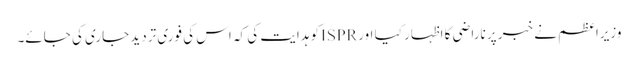
وزیراعظم نے خبر پر ناراضی کا اظہار کیا اور ISPRکو ہدایت کی کہ اس کی فوری تردید جاری کی جائے۔